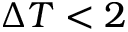
\Delta T < 2